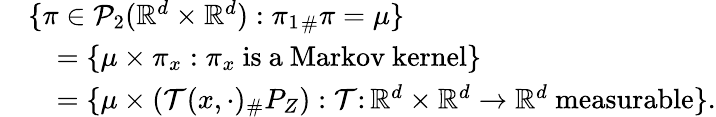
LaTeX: \begin{array}{rl}&{\{ \pi\in\mathcal{P}_{2}(\mathbb{R}^{d}\times\mathbb{R}^{d}):{\pi_{1}}_{\# }\pi=\mu\} }\\ &{\quad=\{ \mu\times\pi_{x}:\pi_{x}~\mathrm{is~a~Markov~kernel}\} }\\ &{\quad=\{ \mu\times(\mathcal{T}(x,\cdot)_{\# }P_{Z}):\mathcal{T}\colon\mathbb{R}^{d}\times\mathbb{R}^{d}\to\mathbb{R}^{d}~\mathrm{measurable}\} .}\end{array}